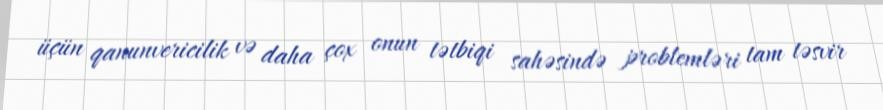
üçün qanunvericilik və daha çox onun tətbiqi sahəsində problemləri tam təsvir